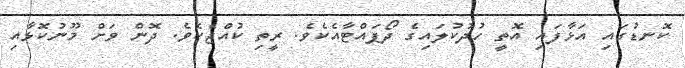
ކޮނޑުގައި އަޅާފައި އޮތީ ހުދުކުލައިގެ ދޯޕައްޓާއެކެވެ. ރީތި ކުއްޖެކެވެ. ދޮން ވަށް މޫނުކޮޅާއި